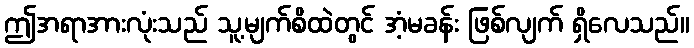
ဤအရာအားလုံးသည် သူ့မျက်စိထဲတွင် အံ့မခန်း ဖြစ်လျက် ရှိလေသည်။